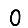
Digit: 0